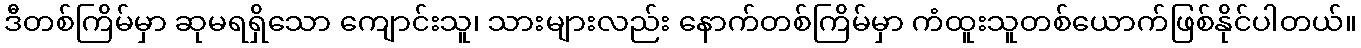
ဒီတစ်ကြိမ်မှာ ဆုမရရှိသော ကျောင်းသူ၊ သားများလည်း နောက်တစ်ကြိမ်မှာ ကံထူးသူတစ်ယောက်ဖြစ်နိုင်ပါတယ်။